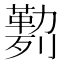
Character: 𰅅